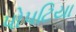
પોપટિયા